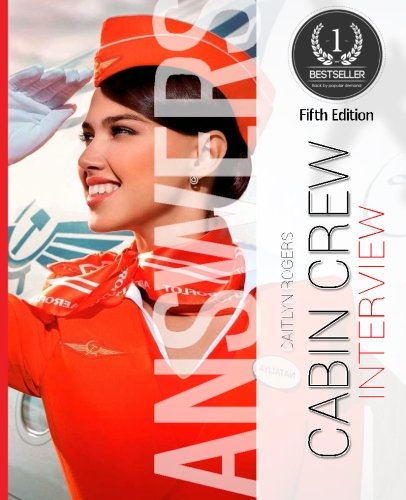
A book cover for Cabin Crew Interview ANSWERS Made Easy: Answer any question with ease; Caitlyn Rogers; Reference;